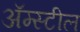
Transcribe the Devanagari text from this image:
अॅम्स्टील